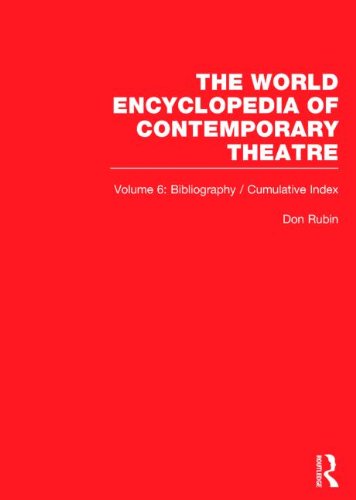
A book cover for World Encyclopedia of Contemporary Theatre: Volume 6: Bibliography and Cumulative Index; Humor & Entertainment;